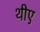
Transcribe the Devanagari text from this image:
थीए